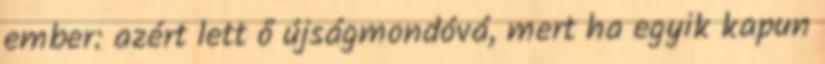
ember: azért lett ő újságmondóvá, mert ha egyik kapun